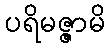
ပရိမဇ္ဇာမိ